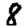
Digit: 8